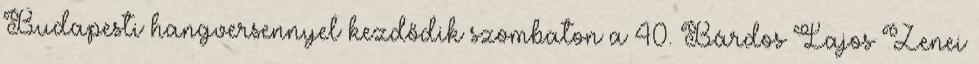
Budapesti hangversennyel kezdődik szombaton a 40. Bárdos Lajos Zenei